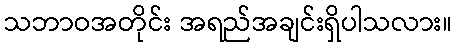
သဘာဝအတိုင်း အရည်အချင်းရှိပါသလား။